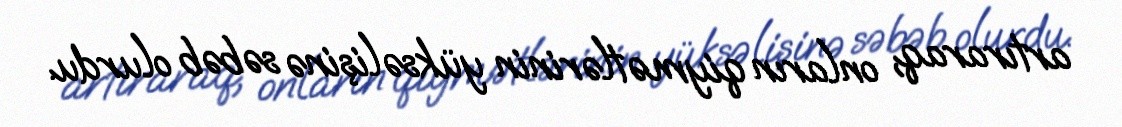
artıraraq, onların qiymətlərinin yüksəlişinə səbəb olurdu.